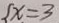
[ x = 3